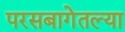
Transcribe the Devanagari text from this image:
परसबागेतल्या